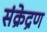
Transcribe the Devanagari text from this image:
संक्रेद्रण